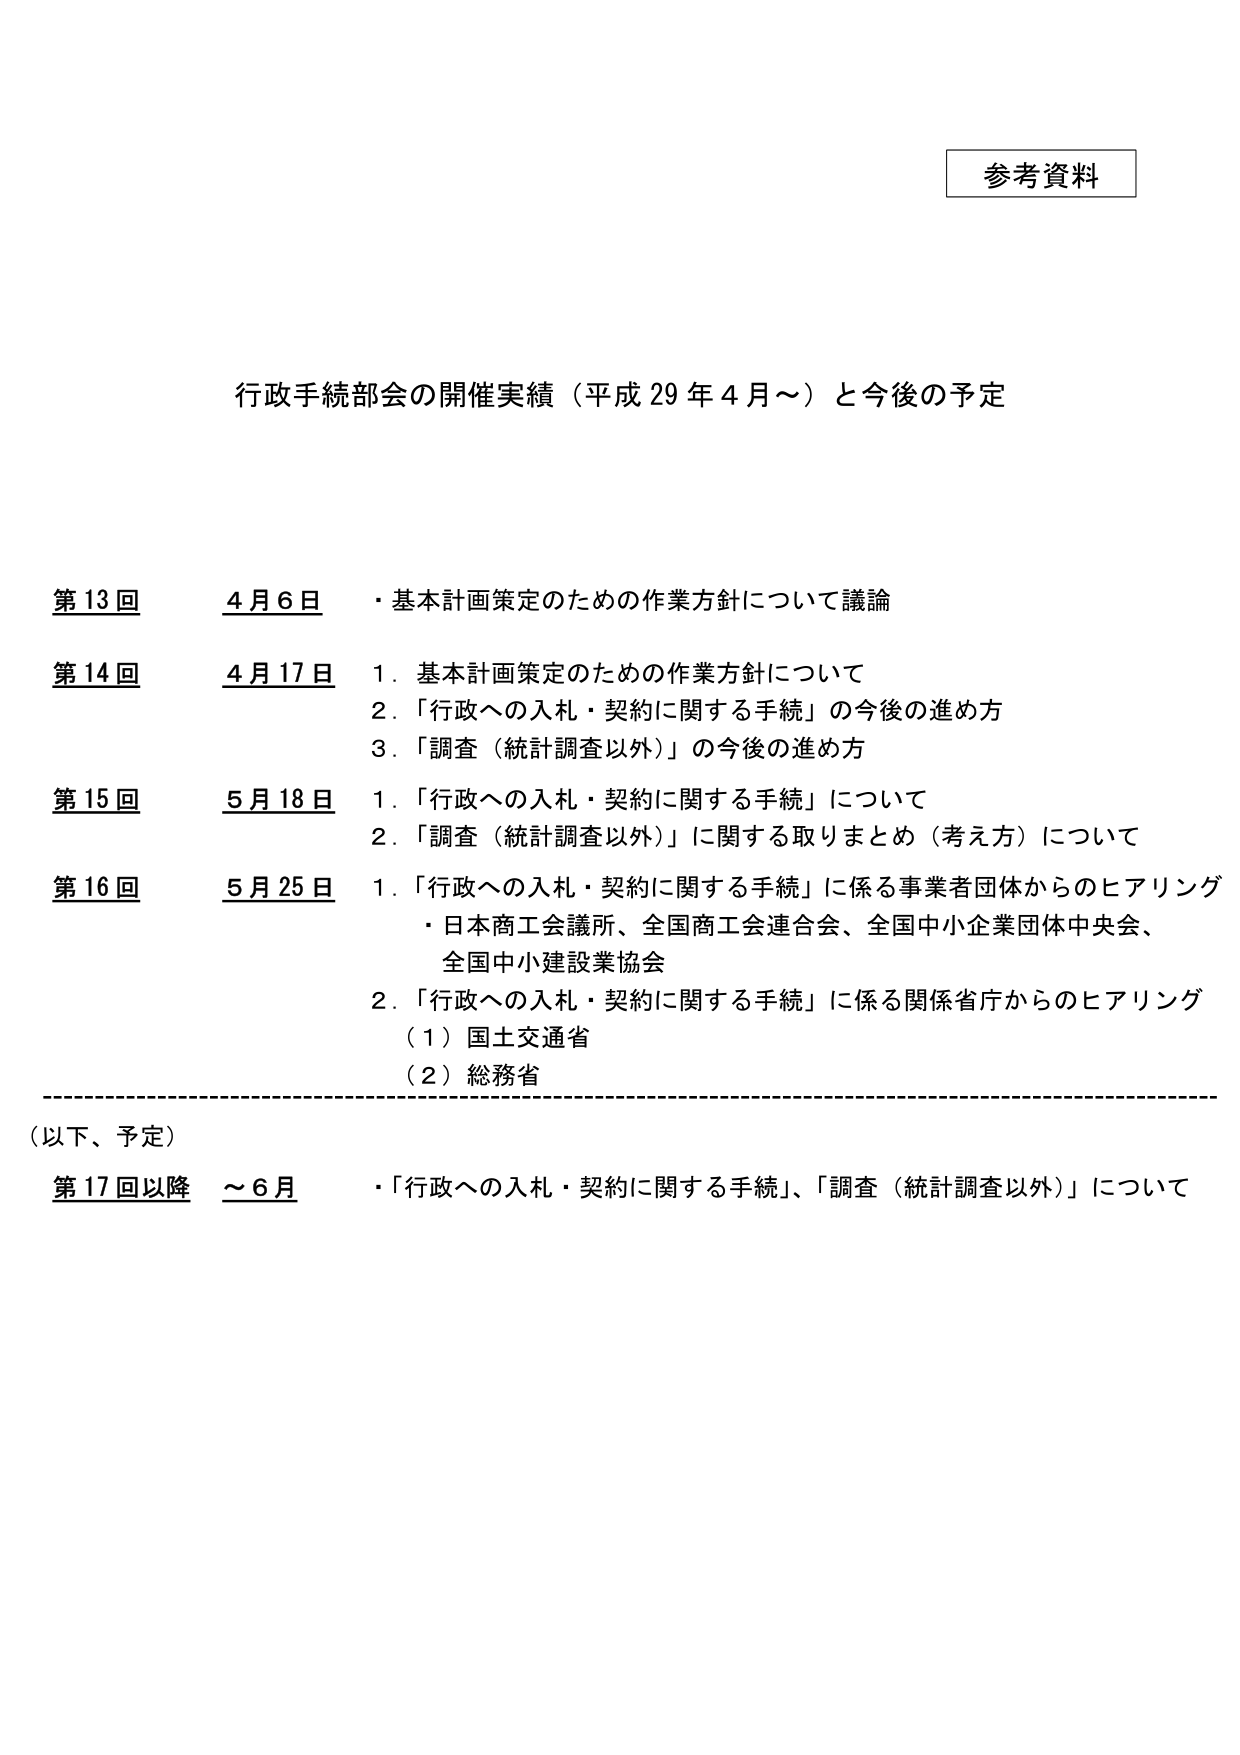
参考資料

行政手続部会の開催実績（平成29年4月～）と今後の予定

第13回　4月6日　・基本計画策定のための作業方針について議論

第14回　4月17日　1．基本計画策定のための作業方針について
　　　　　　　　　2．「行政への入札・契約に関する手続」の今後の進め方
　　　　　　　　　3．「調査（統計調査以外）」の今後の進め方

第15回　5月18日　1．「行政への入札・契約に関する手続」について
　　　　　　　　　2．「調査（統計調査以外）」に関する取りまとめ（考え方）について

第16回　5月25日　1．「行政への入札・契約に関する手続」に係る事業者団体からのヒアリング
　　　　　　　　　　・日本商工会議所、全国商工会連合会、全国中小企業団体中央会、
　　　　　　　　　　　全国中小建設業協会
　　　　　　　　　2．「行政への入札・契約に関する手続」に係る関係省庁からのヒアリング
　　　　　　　　　　（1）国土交通省
　　　　　　　　　　（2）総務省

（以下、予定）
第17回以降　～6月　・「行政への入札・契約に関する手続」、「調査（統計調査以外）」について